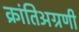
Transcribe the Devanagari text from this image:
क्रांतिअग्रणी